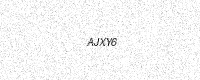
Text: AJXY6